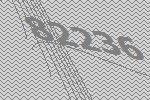
82236